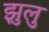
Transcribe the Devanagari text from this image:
झुलु